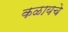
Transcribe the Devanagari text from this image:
कळायचे